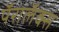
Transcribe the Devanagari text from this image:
पॅरालॅक्स